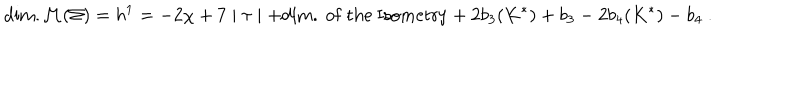
\mathrm { d i m . } { \cal M } ( \Sigma ) = h ^ { 1 } = - 2 \chi + 7 \mid \tau \mid + \mathrm { d i m . ~ o f { } ~ t h e ~ I s o m e t r y } + 2 b _ { 3 } ( K ^ { \ast } ) + b _ { 3 } - 2 b _ { 4 } ( K ^ { \ast } ) - b _ { 4 } \ .